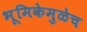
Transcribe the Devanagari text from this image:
भूमिकेमुळेच